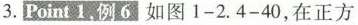
3.Point1，例6如图1-2.4-40，在正方